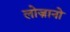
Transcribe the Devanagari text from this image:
लोज़ानो